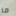
ما